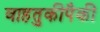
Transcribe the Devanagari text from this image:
वाहतुकीपैकी